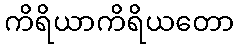
ကိရိယာကိရိယတော